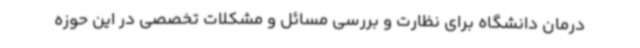
درمان دانشگاه برای نظارت و بررسی مسائل و مشکلات تخصصی در این حوزه